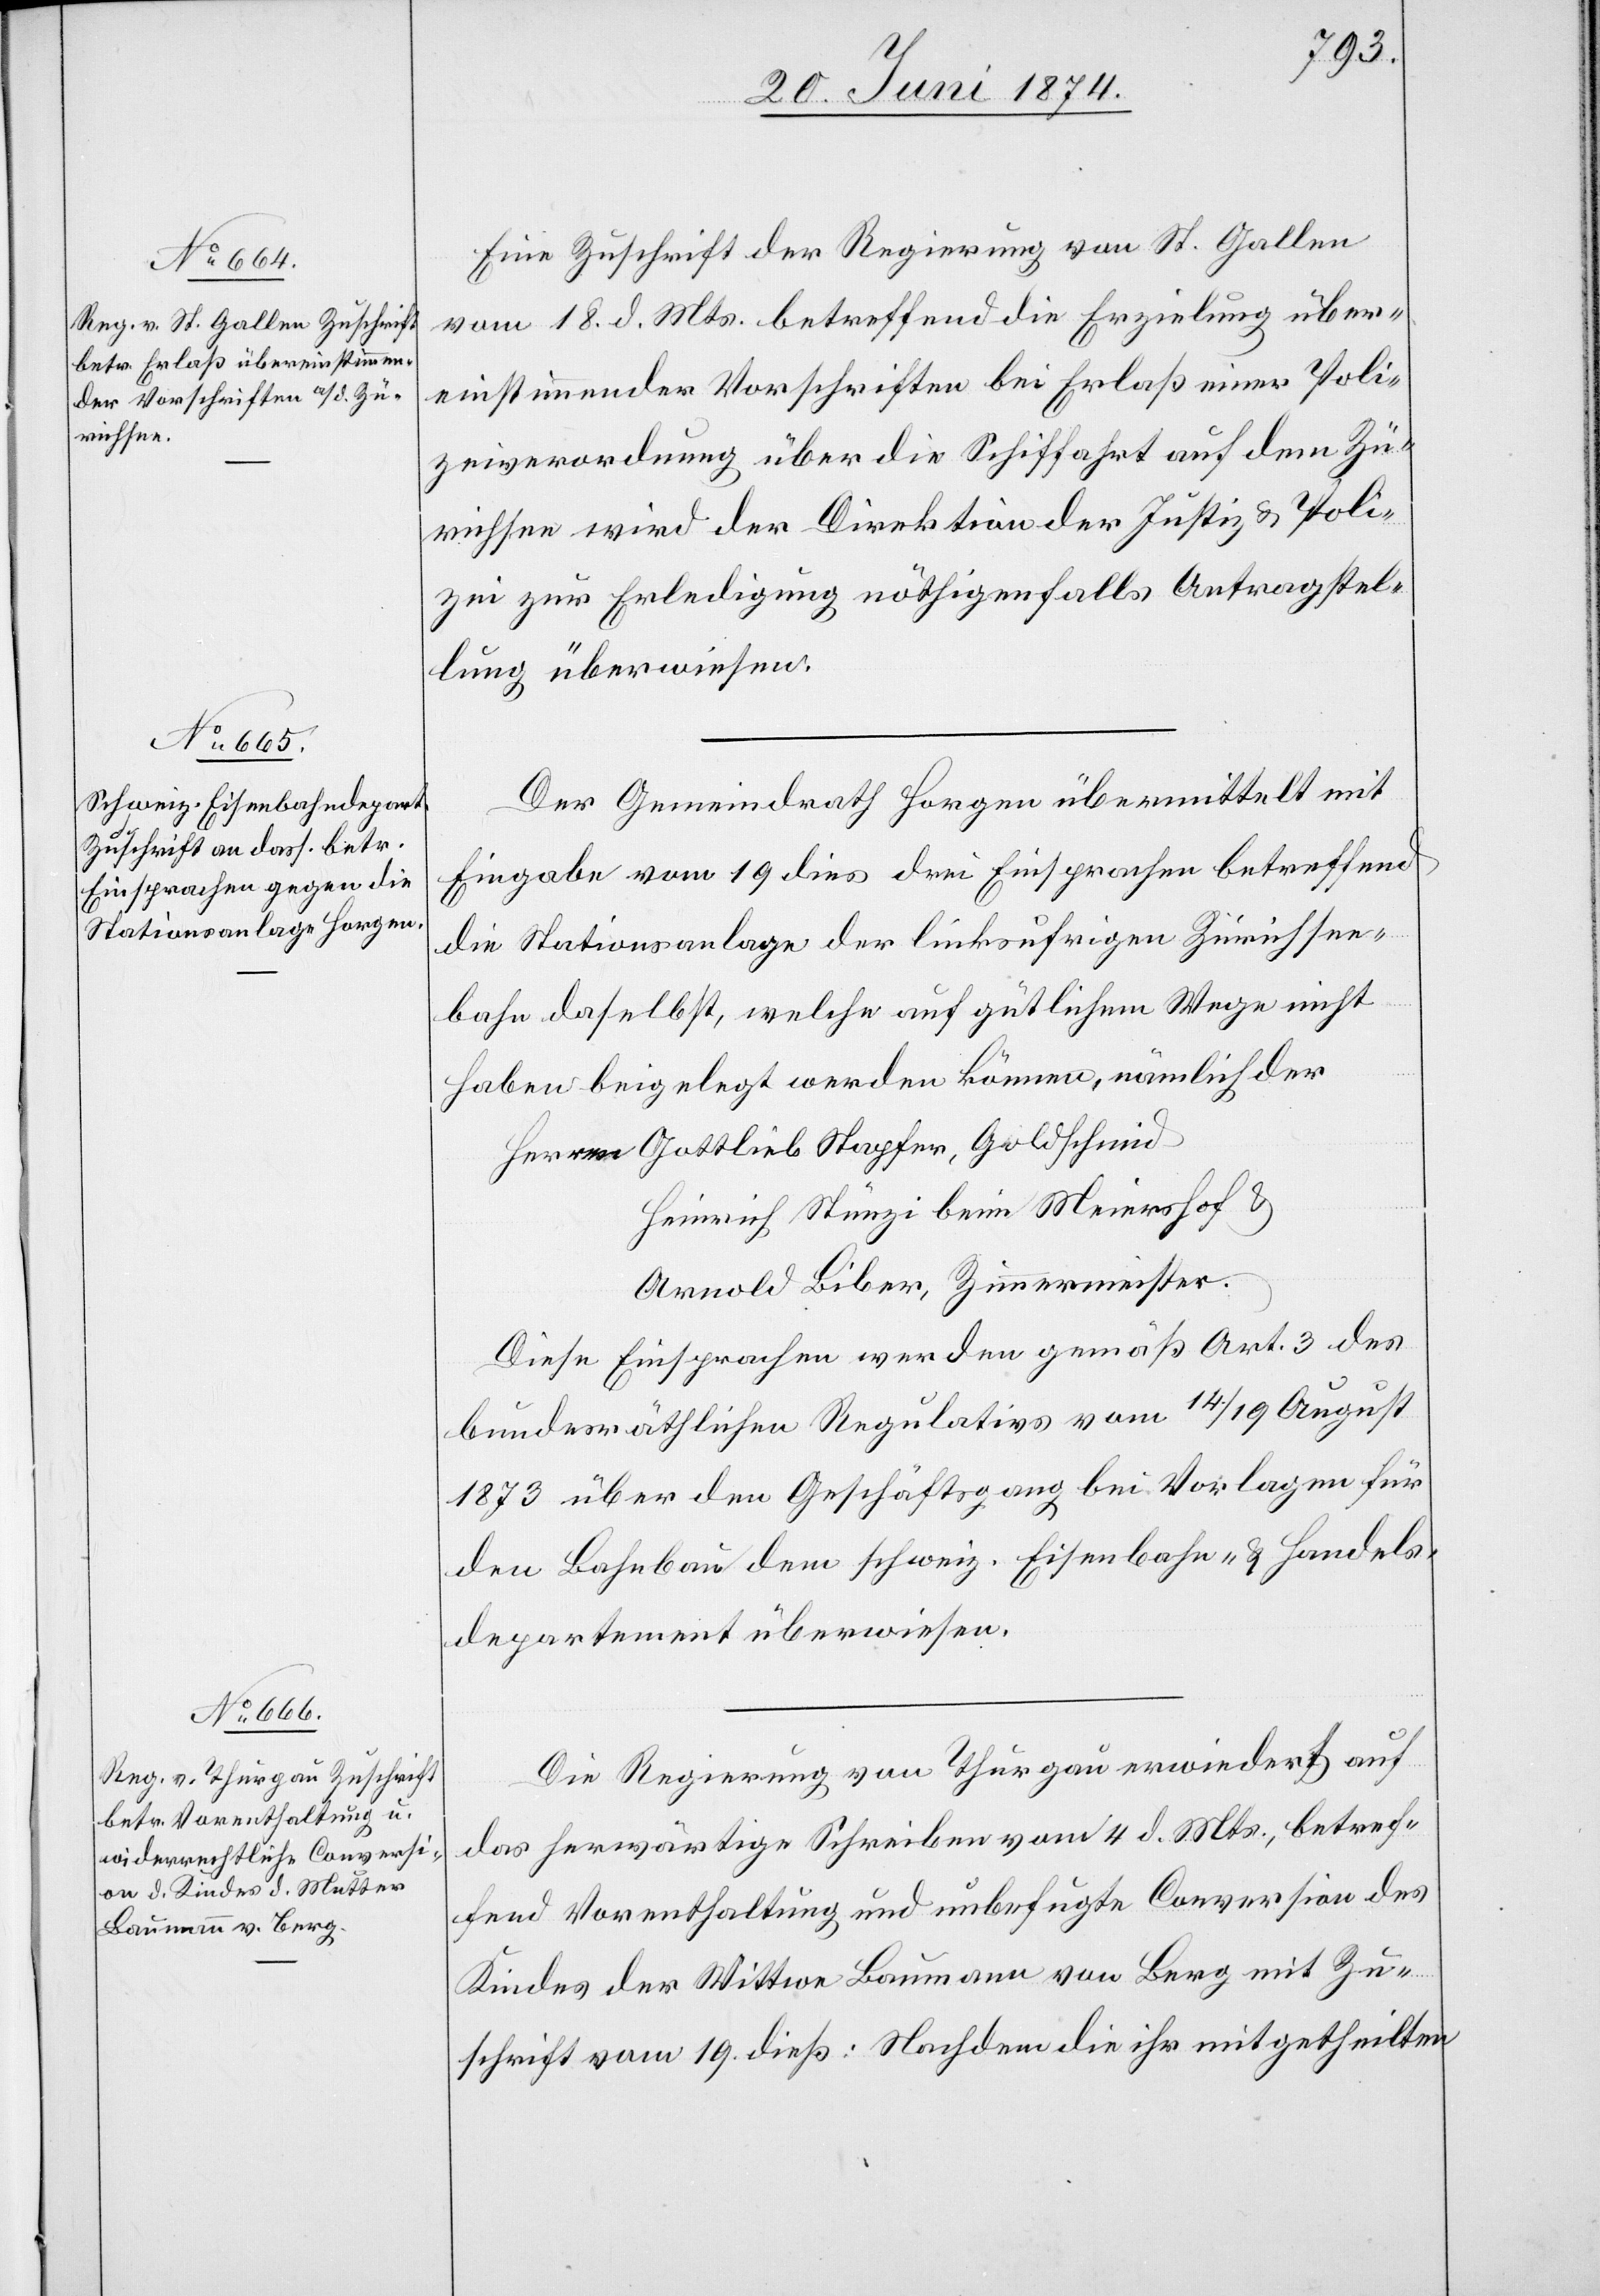
Eine Zuschrift der Regierung von St. Gallen
vom 18. d. Mts. betreffend die Erzielung über¬
einstimmender Vorschriften bei Erlaß einer Poli¬
zeiverordnung über die Schiffahrt auf dem Zü¬
richsee wird der Direktion der Justiz u. Poli¬
zei zur Erledigung nöthigenfalls Antragstel¬
lung überwiesen.
Der Gemeindrath Horgen übermittelt mit
Eingabe vom 19. dies drei Einsprachen betreffend
die Stationsanlage der linksufrigen Zürichsee¬
bahn daselbst, welche auf gütlichem Wege nicht
haben beigelegt werden können, nämlich der
Herren Gottlieb Napfer, Goldschmid
Heinrich Stünzi beim Meierhof u.
Arnold Biber, Zimmermeister.
Diese Einsprachen werden gemäß Art. 3 des
bundesräthlichen Regulativs vom 14. / 19. August
1873 über den Geschäftsgang bei Vorlagen für
den Bahnbau dem schweiz. Eisenbahn- u. Handels¬
departement überwiesen.
Die Regierung von Thurgau erwiedert auf
das herwärtige Schreiben vom 4. d. Mts., betref¬
fend Vorenthaltung und unbefugte Conversion des
Kindes der Wittwe Baumann von Berg mit Zu¬
schrift vom 19. dieß: Nachdem die ihr mitgetheilten